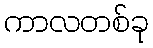
ကာလတစ်ခု